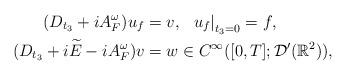
LaTeX: \begin{align*}(D_{t_3}+iA^\omega_F)u_f &= v, \;\ \left.u_f\right\vert_{t_3=0}=f, \\(D_{t_3}+i\widetilde{E}-iA^\omega_F)v &= w\in C^\infty([0,T];\mathcal{D}'(\mathbb{R}^2)), \end{align*}